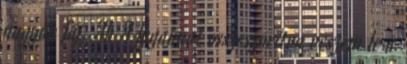
nagyon fáj. Ah A fogaimat összeszorítva veszem le a